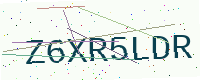
Text: Z6XR5LDR